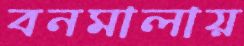
বনমালায়